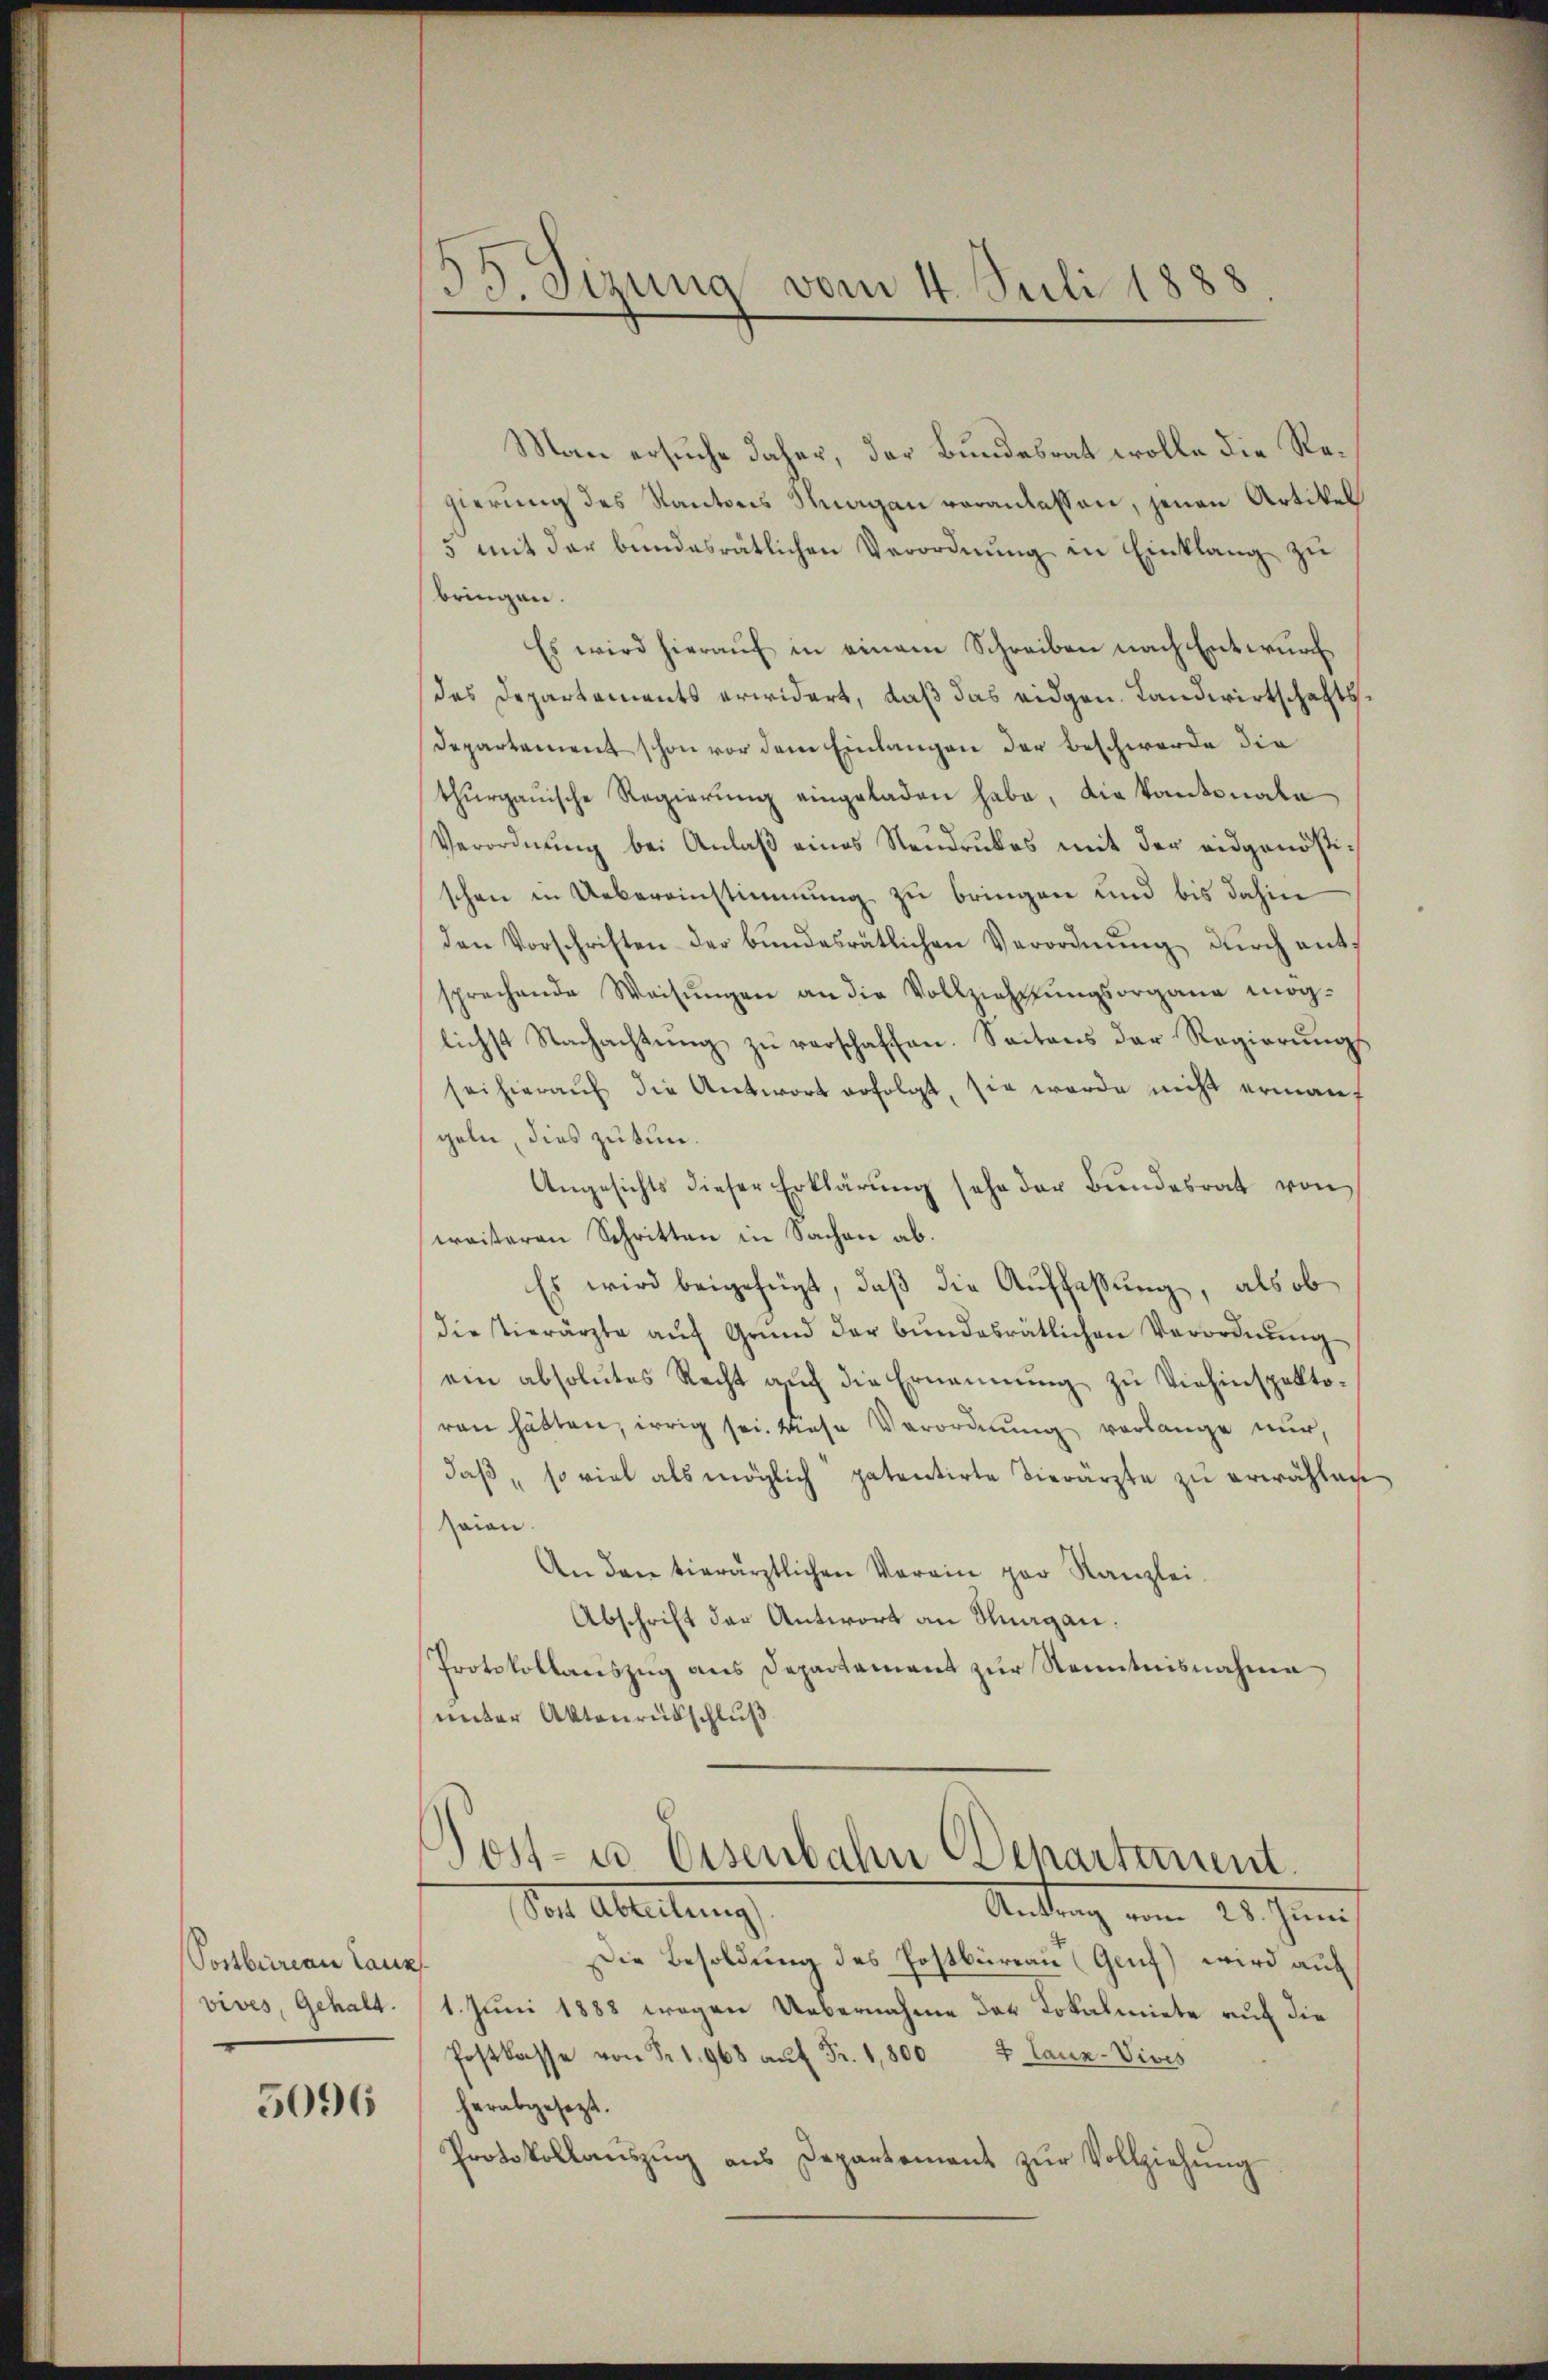
Postbureau Laux
vives, Gehalt.

5096

33. Sizung vom 4. Juli 1888

Man ersuche daher, der Bundesrat wolle die Regierung des Kantons Knagan veranlassen, jenen Artikel
5 mit der bundesrätlichen Verordnŭng in Einklang zu
bringen.
Es wird hierauf in einem Schreiben nach Entwurf
des Departaments erwidert, daß das eidgen. Landwirtschafts¬
Departement schon vor dem Einlangen der Beschwerde die
thurgauische Regierung eingeladen habe, die kantonale
Verordnŭng bei Anlaß eines Neudruckes mit der eidgenößischen in Uebereinstimmung zu bringen und bis dahin
den Vorschriften der bundesrätlichen Verordnung durch entsprechende Weisŭngen an die Vollziehungsorgane mög-
lichst Nachachtung zu verschaffen. Seitens der Regierungs
sei hieraŭf die Antwort erfolgt, sie werde nicht ermanf
geln, dies zu tun.
Ungesichts dieser Erklärung sehr der Bundesrat von
weiteren Schritten in Sachen ab.
Es wird beigefügt, daß die Auffaßung, als ob
die Tierärzte aŭf Grund der bundesrätlichen Verordnung
ein absolutes Recht auf die Ernennung zu Viehinspektoren hätten, irrig sei. Wiese Verordnung verlange nur,
daβ, so viel als möglich patentirte Vierärzte zŭ erwählen
Haion
An den tierärztlichen Verein par Kanzlei
Abschrift der Antwort an Knagan.
Protokollauszug aus Departement zur Kenntnisnahme
unter Aktenrückschluß

Gost- u Eisenbahn chartement.
Der Ableitung
Antrag vom 25. Juni

Die Besoldung des Postbüreau (Genf) wird auf
1. Juni 1888 wegen Uebernahme des Lokalmiete auf die
Postkasse von Fr. 1968 aŭf Fr. 1,800 7 Tanz-Vivis
herabgesezt.
Protokollaŭszŭg ans Departement zŭr Vollziehŭng